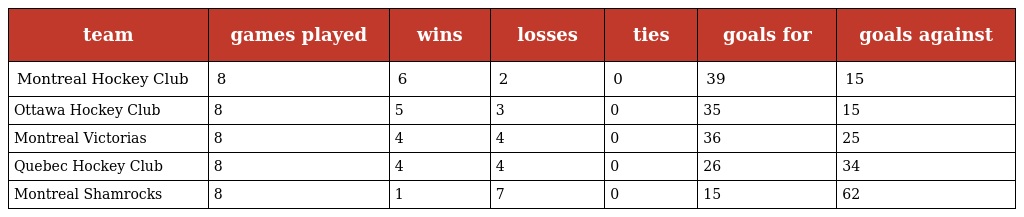
| team | games played | wins | losses | ties | goals for | goals against |
 | --- | --- | --- | --- | --- | --- | --- |
 | Montreal Hockey Club | 8 | 6 | 2 | 0 | 39 | 15 |
 | Ottawa Hockey Club | 8 | 5 | 3 | 0 | 35 | 15 |
 | Montreal Victorias | 8 | 4 | 4 | 0 | 36 | 25 |
 | Quebec Hockey Club | 8 | 4 | 4 | 0 | 26 | 34 |
 | Montreal Shamrocks | 8 | 1 | 7 | 0 | 15 | 62 |